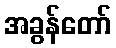
အခွန်တော်